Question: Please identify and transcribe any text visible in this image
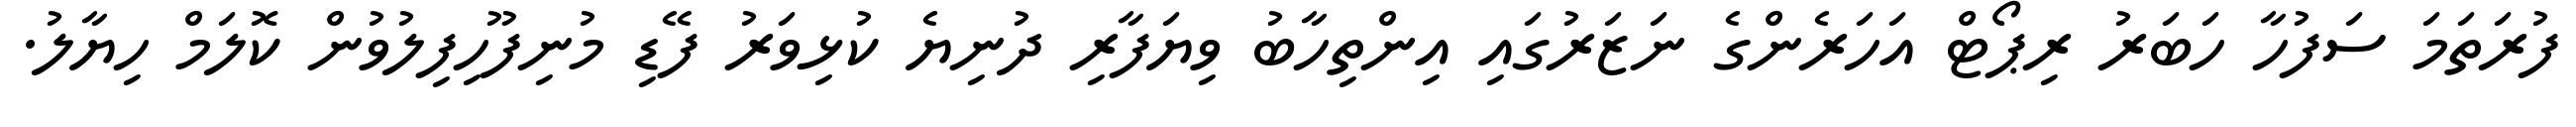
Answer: ފުރަތަމަ ސަފުހާ ހަބަރު ރިޕޯޓް އަހަރެންގެ ނަޒަރުގައި އިންތިހާބު ވިޔަފާރި ދުނިޔެ ކުޅިވަރު ފޭޑި މުނިފޫހިފިލުވުން ކޮލަމް ހިޔާލު.